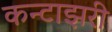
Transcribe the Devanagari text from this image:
कन्टाझरी